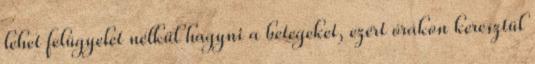
lehet felügyelet nélkül hagyni a betegeket, ezért órákon keresztül